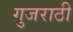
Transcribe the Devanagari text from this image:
गुजराठी